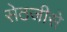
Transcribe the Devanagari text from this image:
सेठजीसे